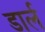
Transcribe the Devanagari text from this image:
डार्ल